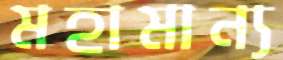
মহামান্য